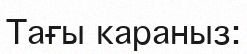
Тағы караныз: